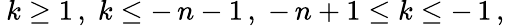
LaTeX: \: k\geq 1\, ,\; k\leq-\, n-1\, ,\; -\, n+1\leq k\leq-\, 1\, ,\: